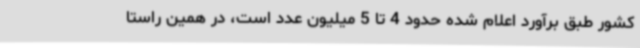
کشور طبق برآورد اعلام شده حدود 4 تا 5 میلیون عدد است، در همین راستا